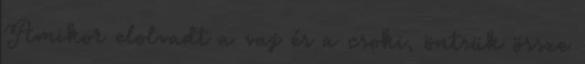
Amikor elolvadt a vaj és a csoki, öntsük össze